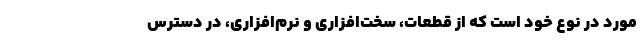
مورد در نوع خود است که از قطعات، سخت‌افزاری و نرم‌افزاری، در دسترس